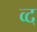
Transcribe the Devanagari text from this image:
व्द